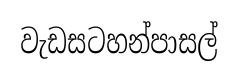
වැඩසටහන්පාසල්